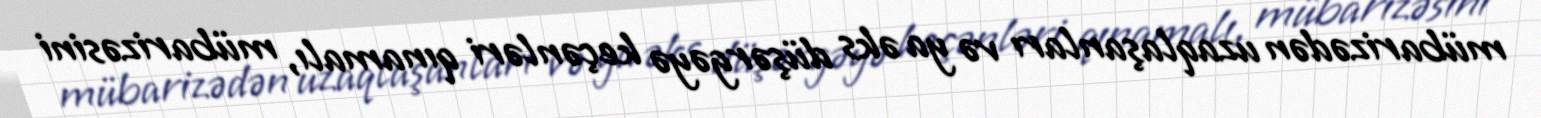
mübarizədən uzaqlaşanları və ya əks düşərgəyə keçənləri qınamalı, mübarizəsini